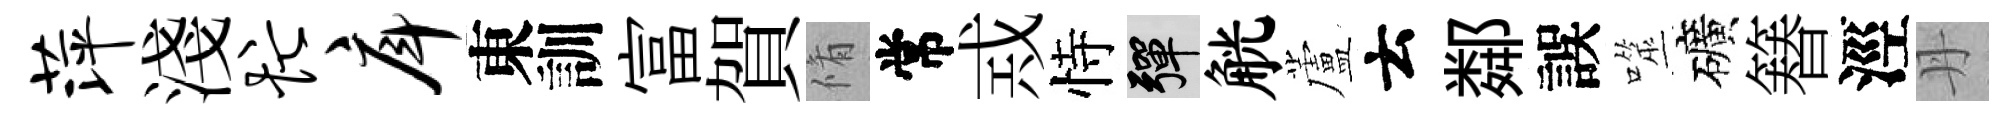
萍淺忙戽東訓富賀脩常𢦶恃彈觥蘆云鄰誤噬礦簮涇丹